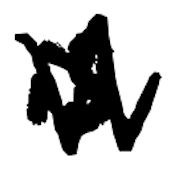
Text: is
Cross-out: zig-zag
Writing tool: digital_black